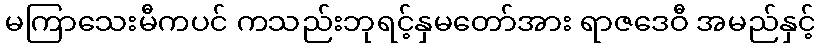
မကြာသေးမီကပင် ကသည်းဘုရင့်နှမတော်အား ရာဇဒေဝီ အမည်နှင့်